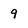
Character: 9